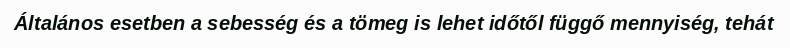
Általános esetben a sebesség és a tömeg is lehet időtől függő mennyiség, tehát